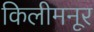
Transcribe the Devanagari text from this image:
किलीमनूर